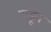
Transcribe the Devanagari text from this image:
चडून